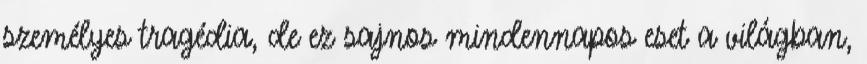
személyes tragédia, de ez sajnos mindennapos eset a világban,